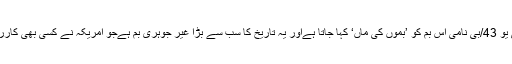
واضح رہےکہ جی بی یو 43/بی نامی اس بم کو ’بموں کی ماں‘ کہا جاتا ہےاور یہ تاریخ کا سب سے بڑا غیر جوہری بم ہےجو امریکہ نے کسی بھی کارروائی میں استعمال کیا۔